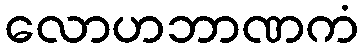
လောဟဘာဏကံ